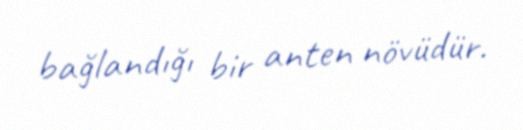
bağlandığı bir anten növüdür.